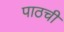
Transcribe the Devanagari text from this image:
पाठची